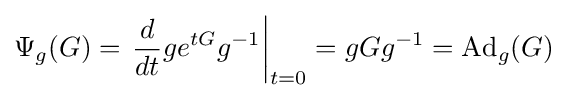
\Psi _{g}(G)=\left.{\frac {d}{dt}}ge^{tG}g^{-1}\right|_{t=0}=gGg^{-1}=\mathrm {Ad} _{g}(G)